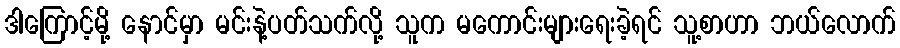
ဒါကြောင့်မို့ နောင်မှာ မင်းနဲ့ပတ်သက်လို့ သူက မကောင်းများရေးခဲ့ရင် သူ့စာဟာ ဘယ်လောက်